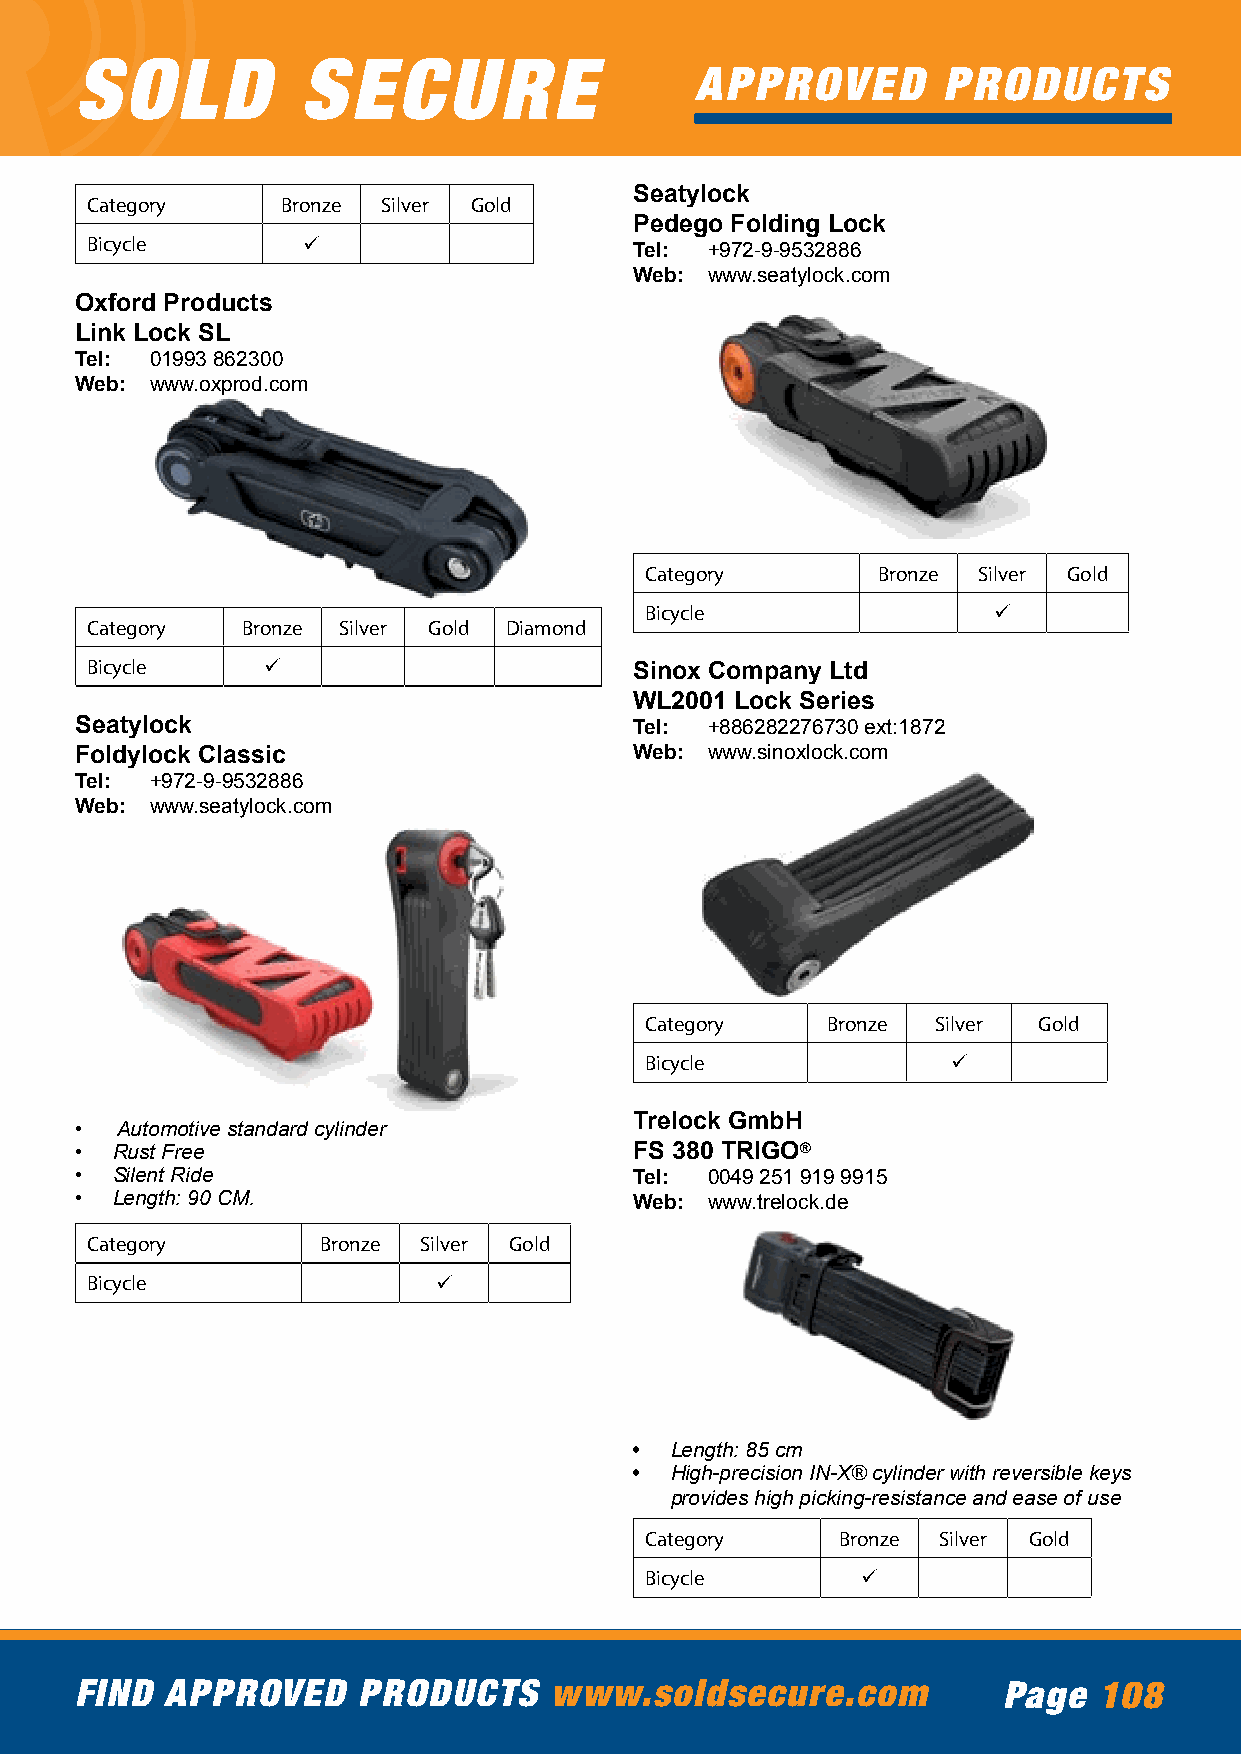
SOLD           SECURE
 APPROVED        PRODUCTS
 Seatylock
 Category     Bronze Silver Gold
 Pedego Folding Lock
 Bicycle       ü
 Tel: +972-9-9532886
 Web: www.seatylock.com
 Oxford Products
 Link Lock SL
 Tel: 01993 862300
 Web: www.oxprod.com
 Category       Bronze Silver Gold
 Bicycle                ü
 Category  Bronze Silver Gold Diamond
 Bicycle    ü                        Sinox Company Ltd
 WL2001 Lock Series
 Seatylock                            Tel: +886282276730 ext:1872
 Foldylock Classic                    Web: www.sinoxlock.com
 Tel: +972-9-9532886
 Web: www.seatylock.com
 Category    Bronze Silver Gold
 Bicycle             ü
 Trelock GmbH
 •  Automotive standard cylinder
 • Rust Free                          FS 380 TRIGO®
 • Silent Ride                        Tel: 0049 251 919 9915
 • Length: 90 CM.                     Web: www.trelock.de
 Category       Bronze Silver Gold
 Bicycle                ü
 • Length: 85 cm
 • High-precision IN-X® cylinder with reversible keys
 provides high picking-resistance and ease of use
 Category     Bronze Silver Gold
 Bicycle       ü
 FIND  APPROVED     PRODUCTS    www.soldsecure.com            Page   108